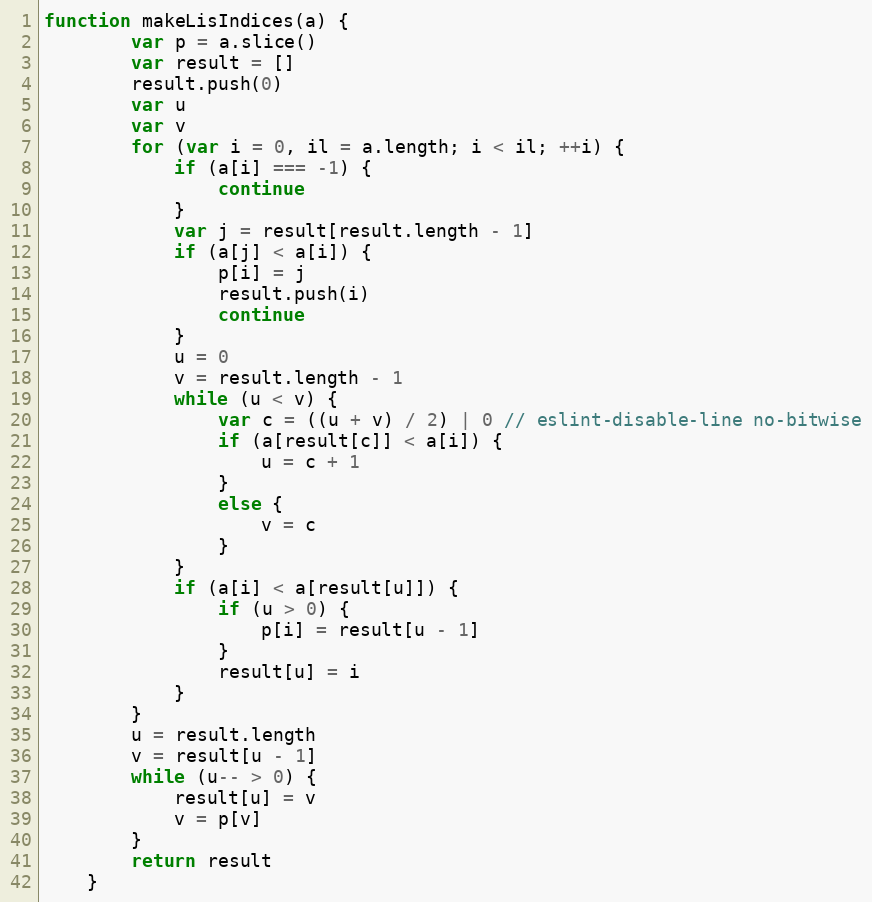
Language: JavaScript
function makeLisIndices(a) {
		var p = a.slice()
		var result = []
		result.push(0)
		var u
		var v
		for (var i = 0, il = a.length; i < il; ++i) {
			if (a[i] === -1) {
				continue
			}
			var j = result[result.length - 1]
			if (a[j] < a[i]) {
				p[i] = j
				result.push(i)
				continue
			}
			u = 0
			v = result.length - 1
			while (u < v) {
				var c = ((u + v) / 2) | 0 // eslint-disable-line no-bitwise
				if (a[result[c]] < a[i]) {
					u = c + 1
				}
				else {
					v = c
				}
			}
			if (a[i] < a[result[u]]) {
				if (u > 0) {
					p[i] = result[u - 1]
				}
				result[u] = i
			}
		}
		u = result.length
		v = result[u - 1]
		while (u-- > 0) {
			result[u] = v
			v = p[v]
		}
		return result
	}